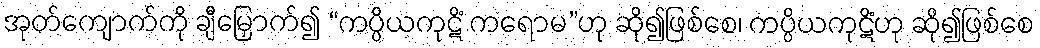
အုတ်ကျောက်ကို ချီမြှောက်၍ “ကပ္ပိယကုဋိံ ကရောမ”ဟု ဆို၍ဖြစ်စေ၊ ကပ္ပိယကုဋိံဟု ဆို၍ဖြစ်စေ